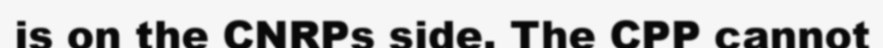
is on the CNRPs side. The CPP cannot